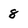
Character: 8